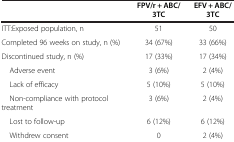
<table><thead><tr><td><b> </b></td><td><b>FPV/r + ABC/3TC</b></td><td><b>EFV + ABC/3TC</b></td></tr></thead><tbody><tr><td>ITT:Exposed population, n</td><td>51</td><td>50</td></tr><tr><td>Completed 96 weeks on study, n (%)</td><td>34 (67%)</td><td>33 (66%)</td></tr><tr><td>Discontinued study, n (%)</td><td>17 (33%)</td><td>17 (34%)</td></tr><tr><td> Adverse event</td><td>3 (6%)</td><td>2 (4%)</td></tr><tr><td> Lack of efficacy</td><td>5 (10%)</td><td>5 (10%)</td></tr><tr><td> Non-compliance with protocol treatment</td><td>3 (6%)</td><td>2 (4%)</td></tr><tr><td> Lost to follow-up</td><td>6 (12%)</td><td>6 (12%)</td></tr><tr><td> Withdrew consent</td><td>0</td><td>2 (4%)</td></tr></tbody></table>